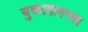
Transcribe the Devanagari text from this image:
युकातानच्या